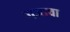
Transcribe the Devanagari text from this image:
गजाचा